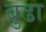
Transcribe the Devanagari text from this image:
बुढा